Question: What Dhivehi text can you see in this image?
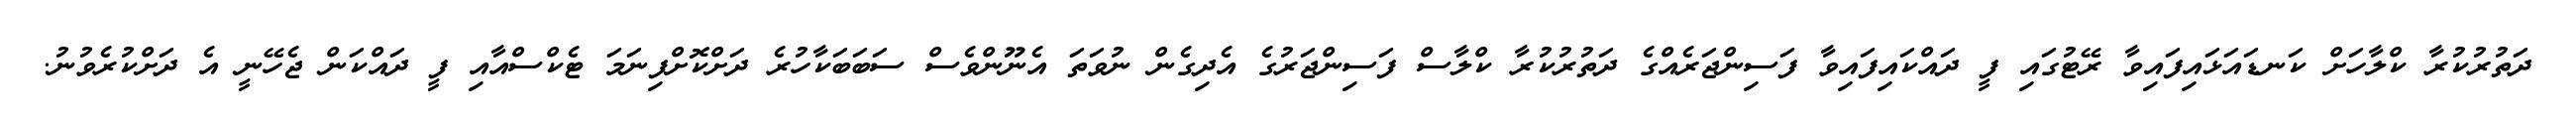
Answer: ދަތުރުކުރާ ކްލާހަށް ކަނޑައަޅައިފައިވާ ރޭޓުގައި ފީ ދައްކައިފައިވާ ފަސިންޖަރެއްގެ ދަތުރުކުރާ ކްލާސް ފަސިންޖަރުގެ އެދިގެން ނުވަތަ އެނޫންވެސް ސަބަބަކާހުރެ ދަށްކޮށްފިނަމަ ޓެކްސްއާއި ފީ ދައްކަން ޖެހޭނީ އެ ދަށްކުރެވުނު.